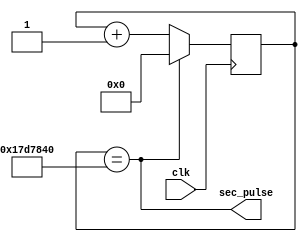
module ClockDivider (
    input wire clk,          // 
    output wire sec_pulse    // 
);

reg [24:0] counter = 0;     // 

always @(posedge clk) begin
    if (counter == 25000000) // 50 MHz250000001
        counter <= 0;       // 0
    else
        counter <= counter + 1; // 
end

assign sec_pulse = (counter == 25000000); // 250000001

endmodule
/*

1
 counter 50 MHz25000000
1 sec_pulse
*/